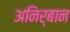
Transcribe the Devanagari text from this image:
अनिर्बान